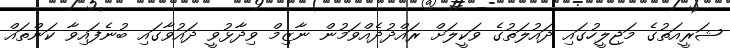
ޝަރީއަތުގެ މަޖިލީހުގައި ދައުލަތުގެ ވަކީލަށް ރައްދުދެއްވަމުން ނާޒިމް ވިދާޅުވީ ދައުވާގައި ބުނެފައިވާ ކަންތައް